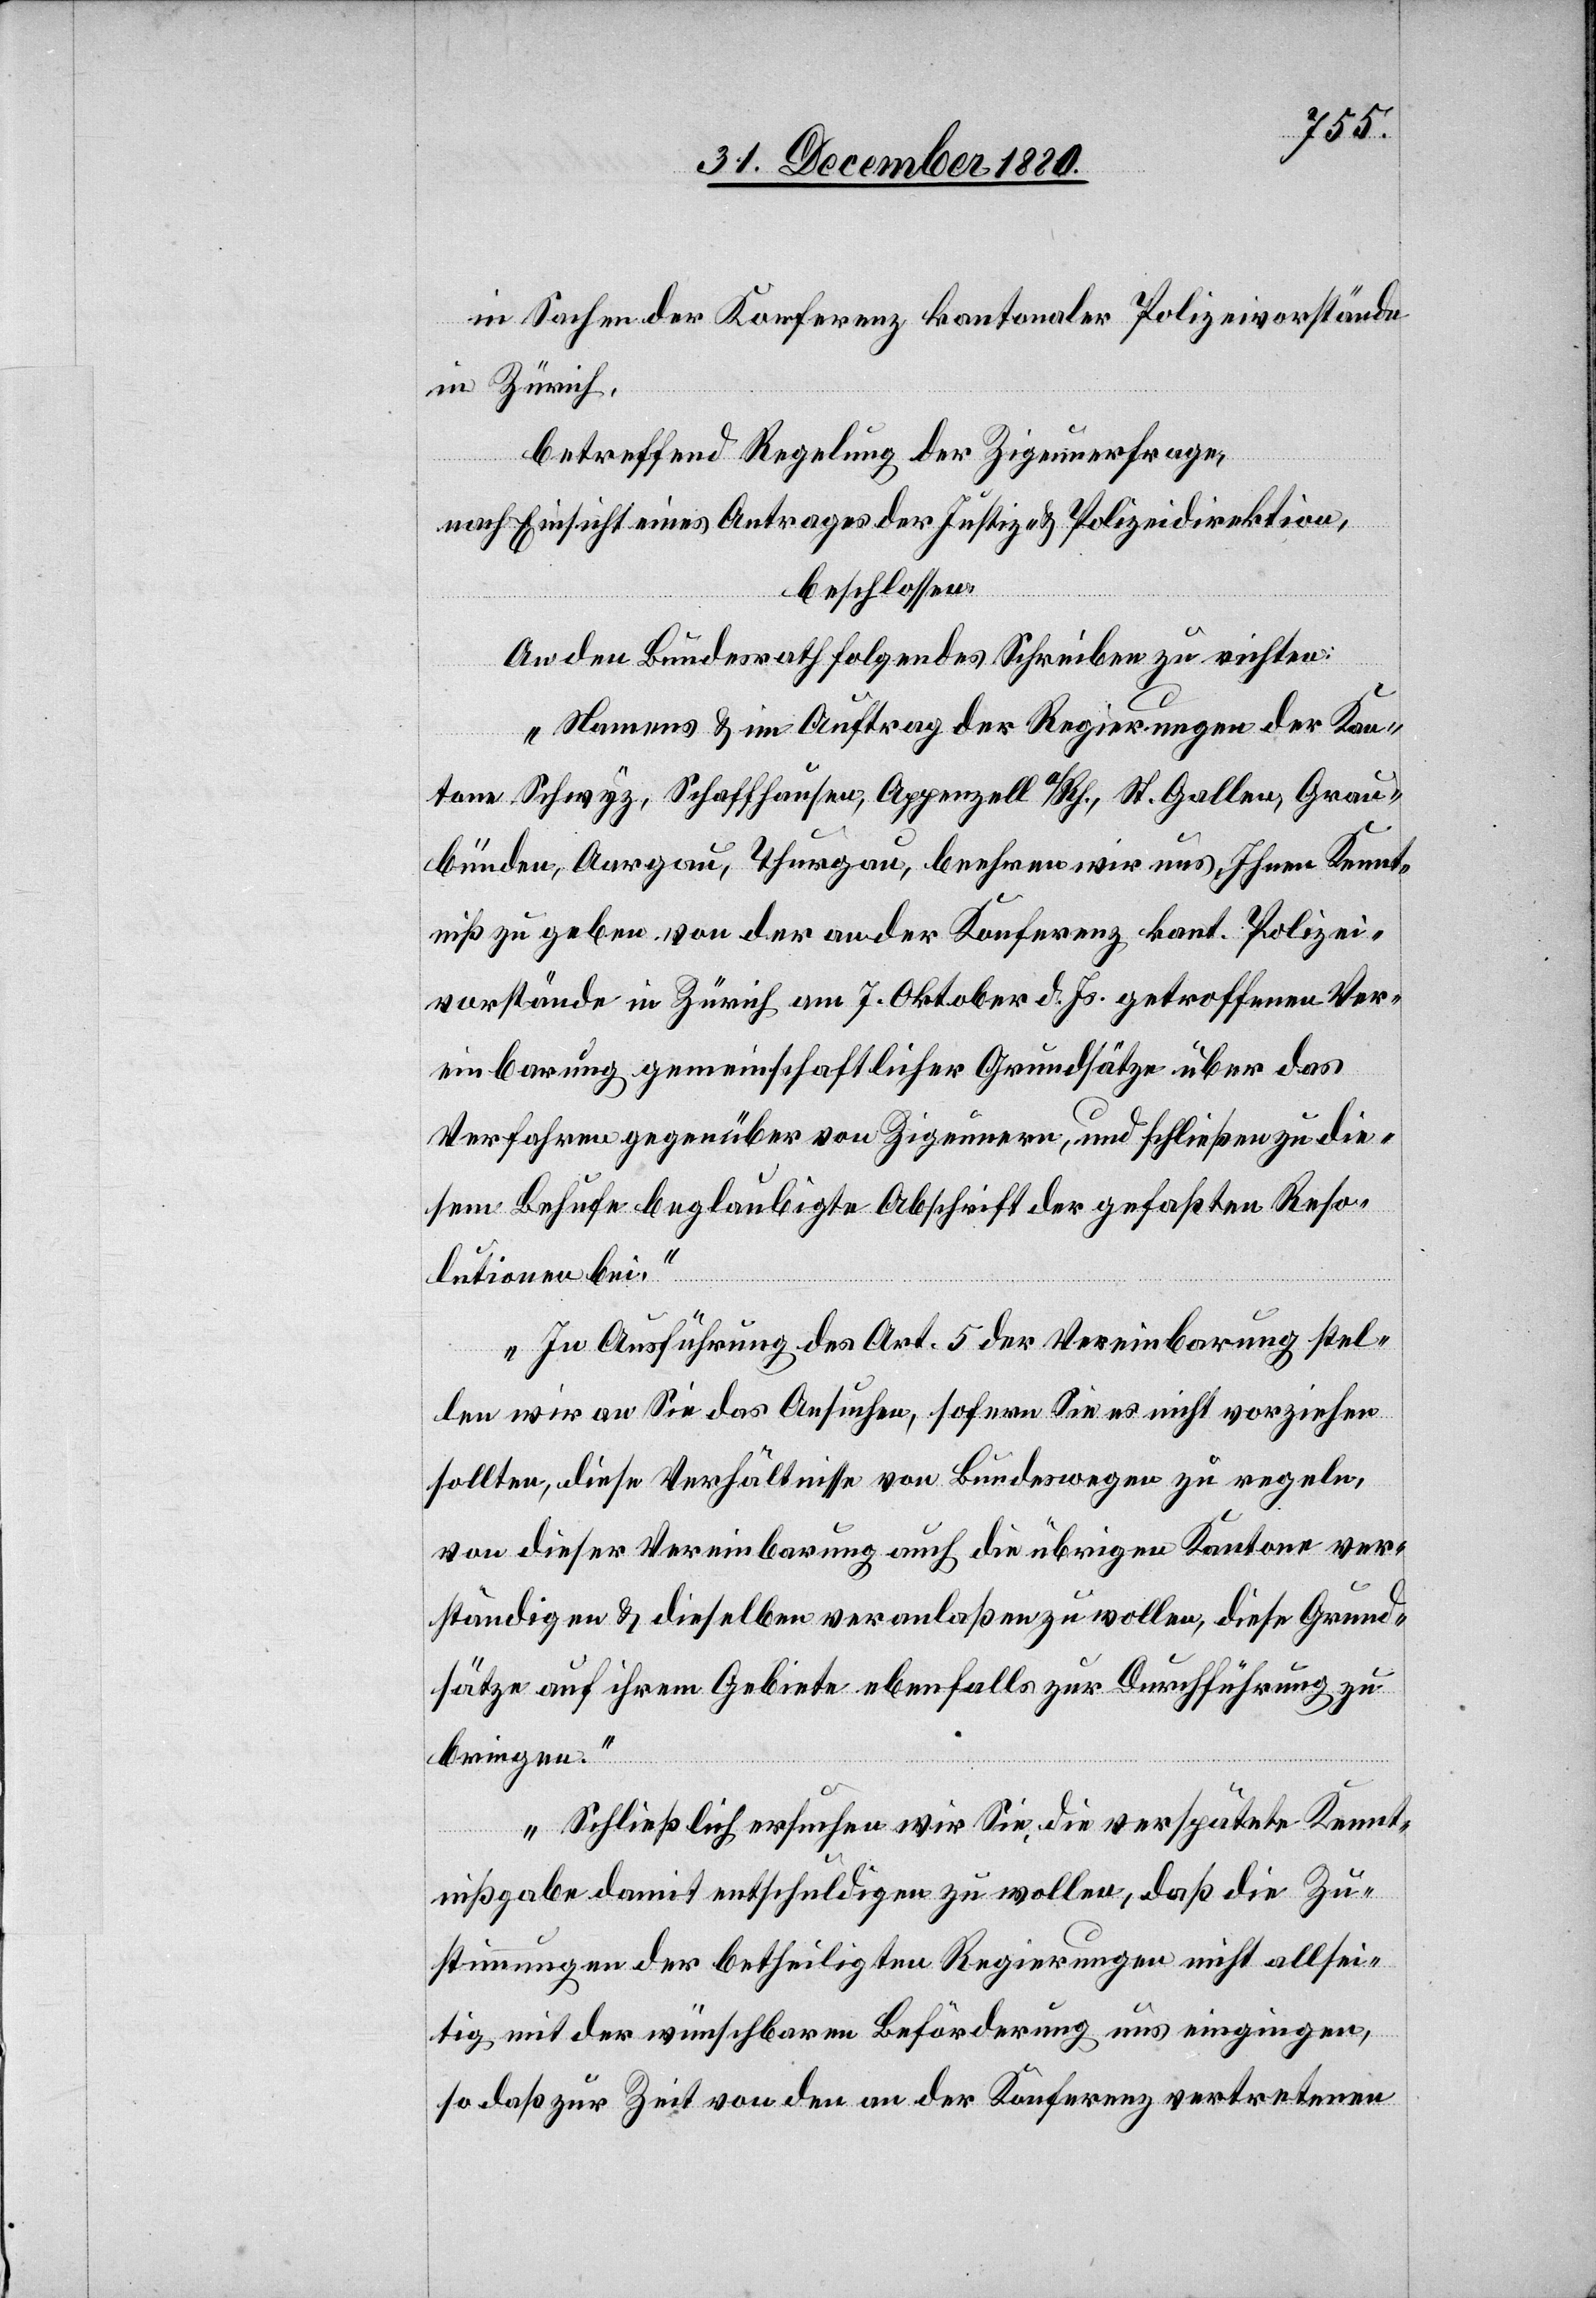
in Sachen der Konferenz kantonaler Polizeivorstände
in Zürich,
betreffend Regelung der Zigeunerfrage,
nach Einsicht eines Antrages der Justiz- & Polizeidirektion,
beschlossen:
An den Bundesrath folgendes Schreiben zu richten:
„Namens & im Auftrag der Regierungen der Kan¬
tone Schwyz, Schaffhausen, Appenzell a/Rh., St. Gallen, Grau¬
bünden, Aargau, Thurgau, beehren wir uns, Ihnen Kennt¬
niß zu geben von der Konferenz kant. Polizei¬
vorstände in Zürich am 7. Oktober d. Js. getroffenen Ver¬
einbarung gemeinschaftlicher Grundsätze über das
Verfahren gegenüber von Zigeunern, und schließen zu die¬
sem Behufe beglaubigte Abschrift der gefaßten Reso¬
lution bei.
In Ausführung des Art. 5 der Vereinbarung stel¬
len wir an Sie das Ansuchen, sofern Sie es nicht vorziehen
sollten, diese Verhältnisse von Bundeswegen zu regeln,
von dieser Vereinbarung auch die übrigen Kantone ver¬
ständigen & dieselben veranlaßen zu wollen, diese Grund¬
sätze auf ihrem Gebiete ebenfalls zur Durchführung zu
bringen.
Schließlich ersuchen wir Sie, die verspätete Kennt¬
nißgabe damit entschuldigen zu wollen, daß die Zu¬
stimmungen der betheiligten Regierungen nicht allsei¬
tig mit der wünschbaren Beförderung uns eingingen,
so daß zur Zeit von den an der Konferenz vertretenen